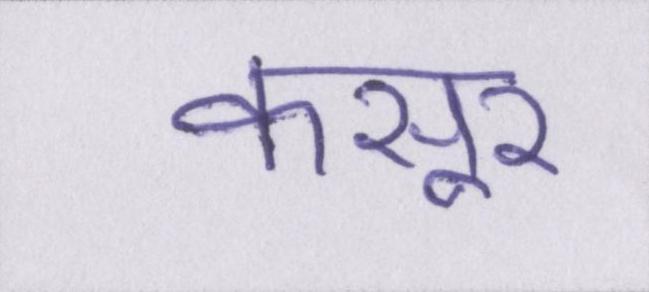
कसूर